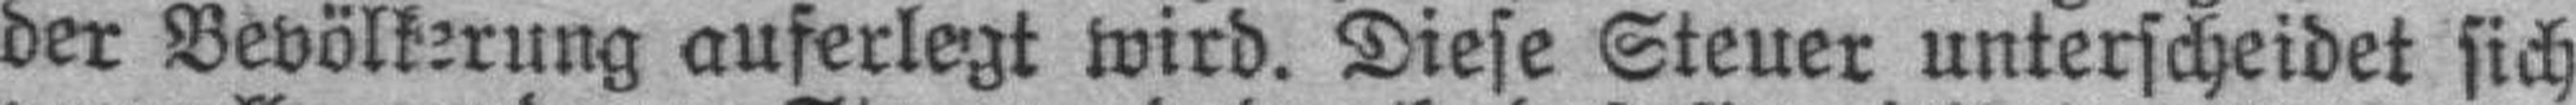
der Bevölkerung auferlegt wird. Diese Steuer unterscheidet sich